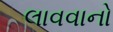
લાવવાનો